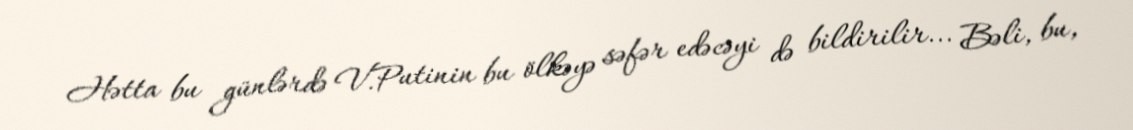
Hətta bu günlərdə V.Putinin bu ölkəyə səfər edəcəyi də bildirilir... Bəli, bu,